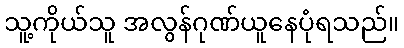
သူ့ကိုယ်သူ အလွန်ဂုဏ်ယူနေပုံရသည်။